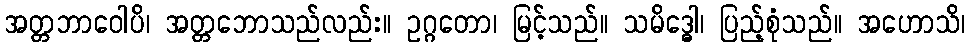
အတ္တဘာဝေါပိ၊ အတ္တဘောသည်လည်း။ ဥဂ္ဂတော၊ မြင့်သည်။ သမိဒ္ဓေါ၊ ပြည့်စုံသည်။ အဟောသိ၊